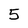
Character: 5